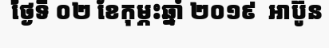
ថ្ងៃទី ០២ ខែកុម្ភះឆ្នាំ ២០១៩  អាប៊ូន